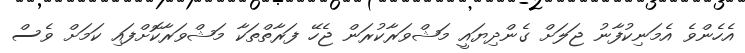
އެހެންވެ އެމަނިކުފާނު ޖަލަށް ގެންދިޔައީ މަޝްވަރާކުރަން ޖެހޭ ފަރާތްތަކާ މަޝްވަރާކޮށްފައި ކަމަށް ވެސް